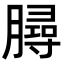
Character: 𦠅